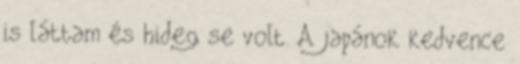
is láttam és hideg se volt. A japánok kedvence